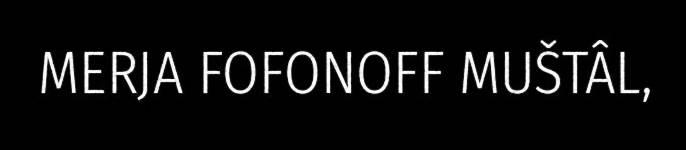
MERJA FOFONOFF MUŠTÂL,